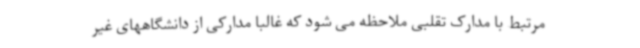
مرتبط با مدارک تقلبی ملاحظه می شود که غالبا مدارکی از دانشگاههای غیر